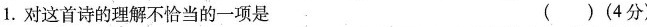
1. 对这首诗的理解不恰当的一项是 ( )(4分)